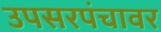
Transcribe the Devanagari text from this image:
उपसरपंचावर